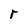
Character: r